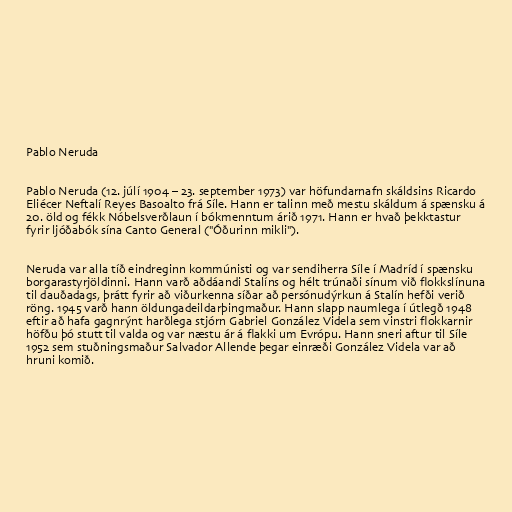
Pablo Neruda

Pablo Neruda (12. júlí 1904 – 23. september 1973) var höfundarnafn skáldsins Ricardo
Eliécer Neftalí Reyes Basoalto frá Síle. Hann er talinn með mestu skáldum á spænsku á
20. öld og fékk Nóbelsverðlaun í bókmenntum árið 1971. Hann er hvað þekktastur
fyrir ljóðabók sína Canto General ("Óðurinn mikli").

Neruda var alla tíð eindreginn kommúnisti og var sendiherra Síle í Madríd í spænsku
borgarastyrjöldinni. Hann varð aðdáandi Stalíns og hélt trúnaði sínum við flokkslínuna
til dauðadags, þrátt fyrir að viðurkenna síðar að persónudýrkun á Stalín hefði verið
röng. 1945 varð hann öldungadeildarþingmaður. Hann slapp naumlega í útlegð 1948
eftir að hafa gagnrýnt harðlega stjórn Gabriel González Videla sem vinstri flokkarnir
höfðu þó stutt til valda og var næstu ár á flakki um Evrópu. Hann sneri aftur til Síle
1952 sem stuðningsmaður Salvador Allende þegar einræði González Videla var að
hruni komið.